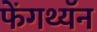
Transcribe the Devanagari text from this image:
फेंगथ्यॅन